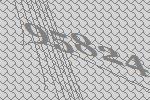
95824